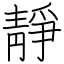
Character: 靜